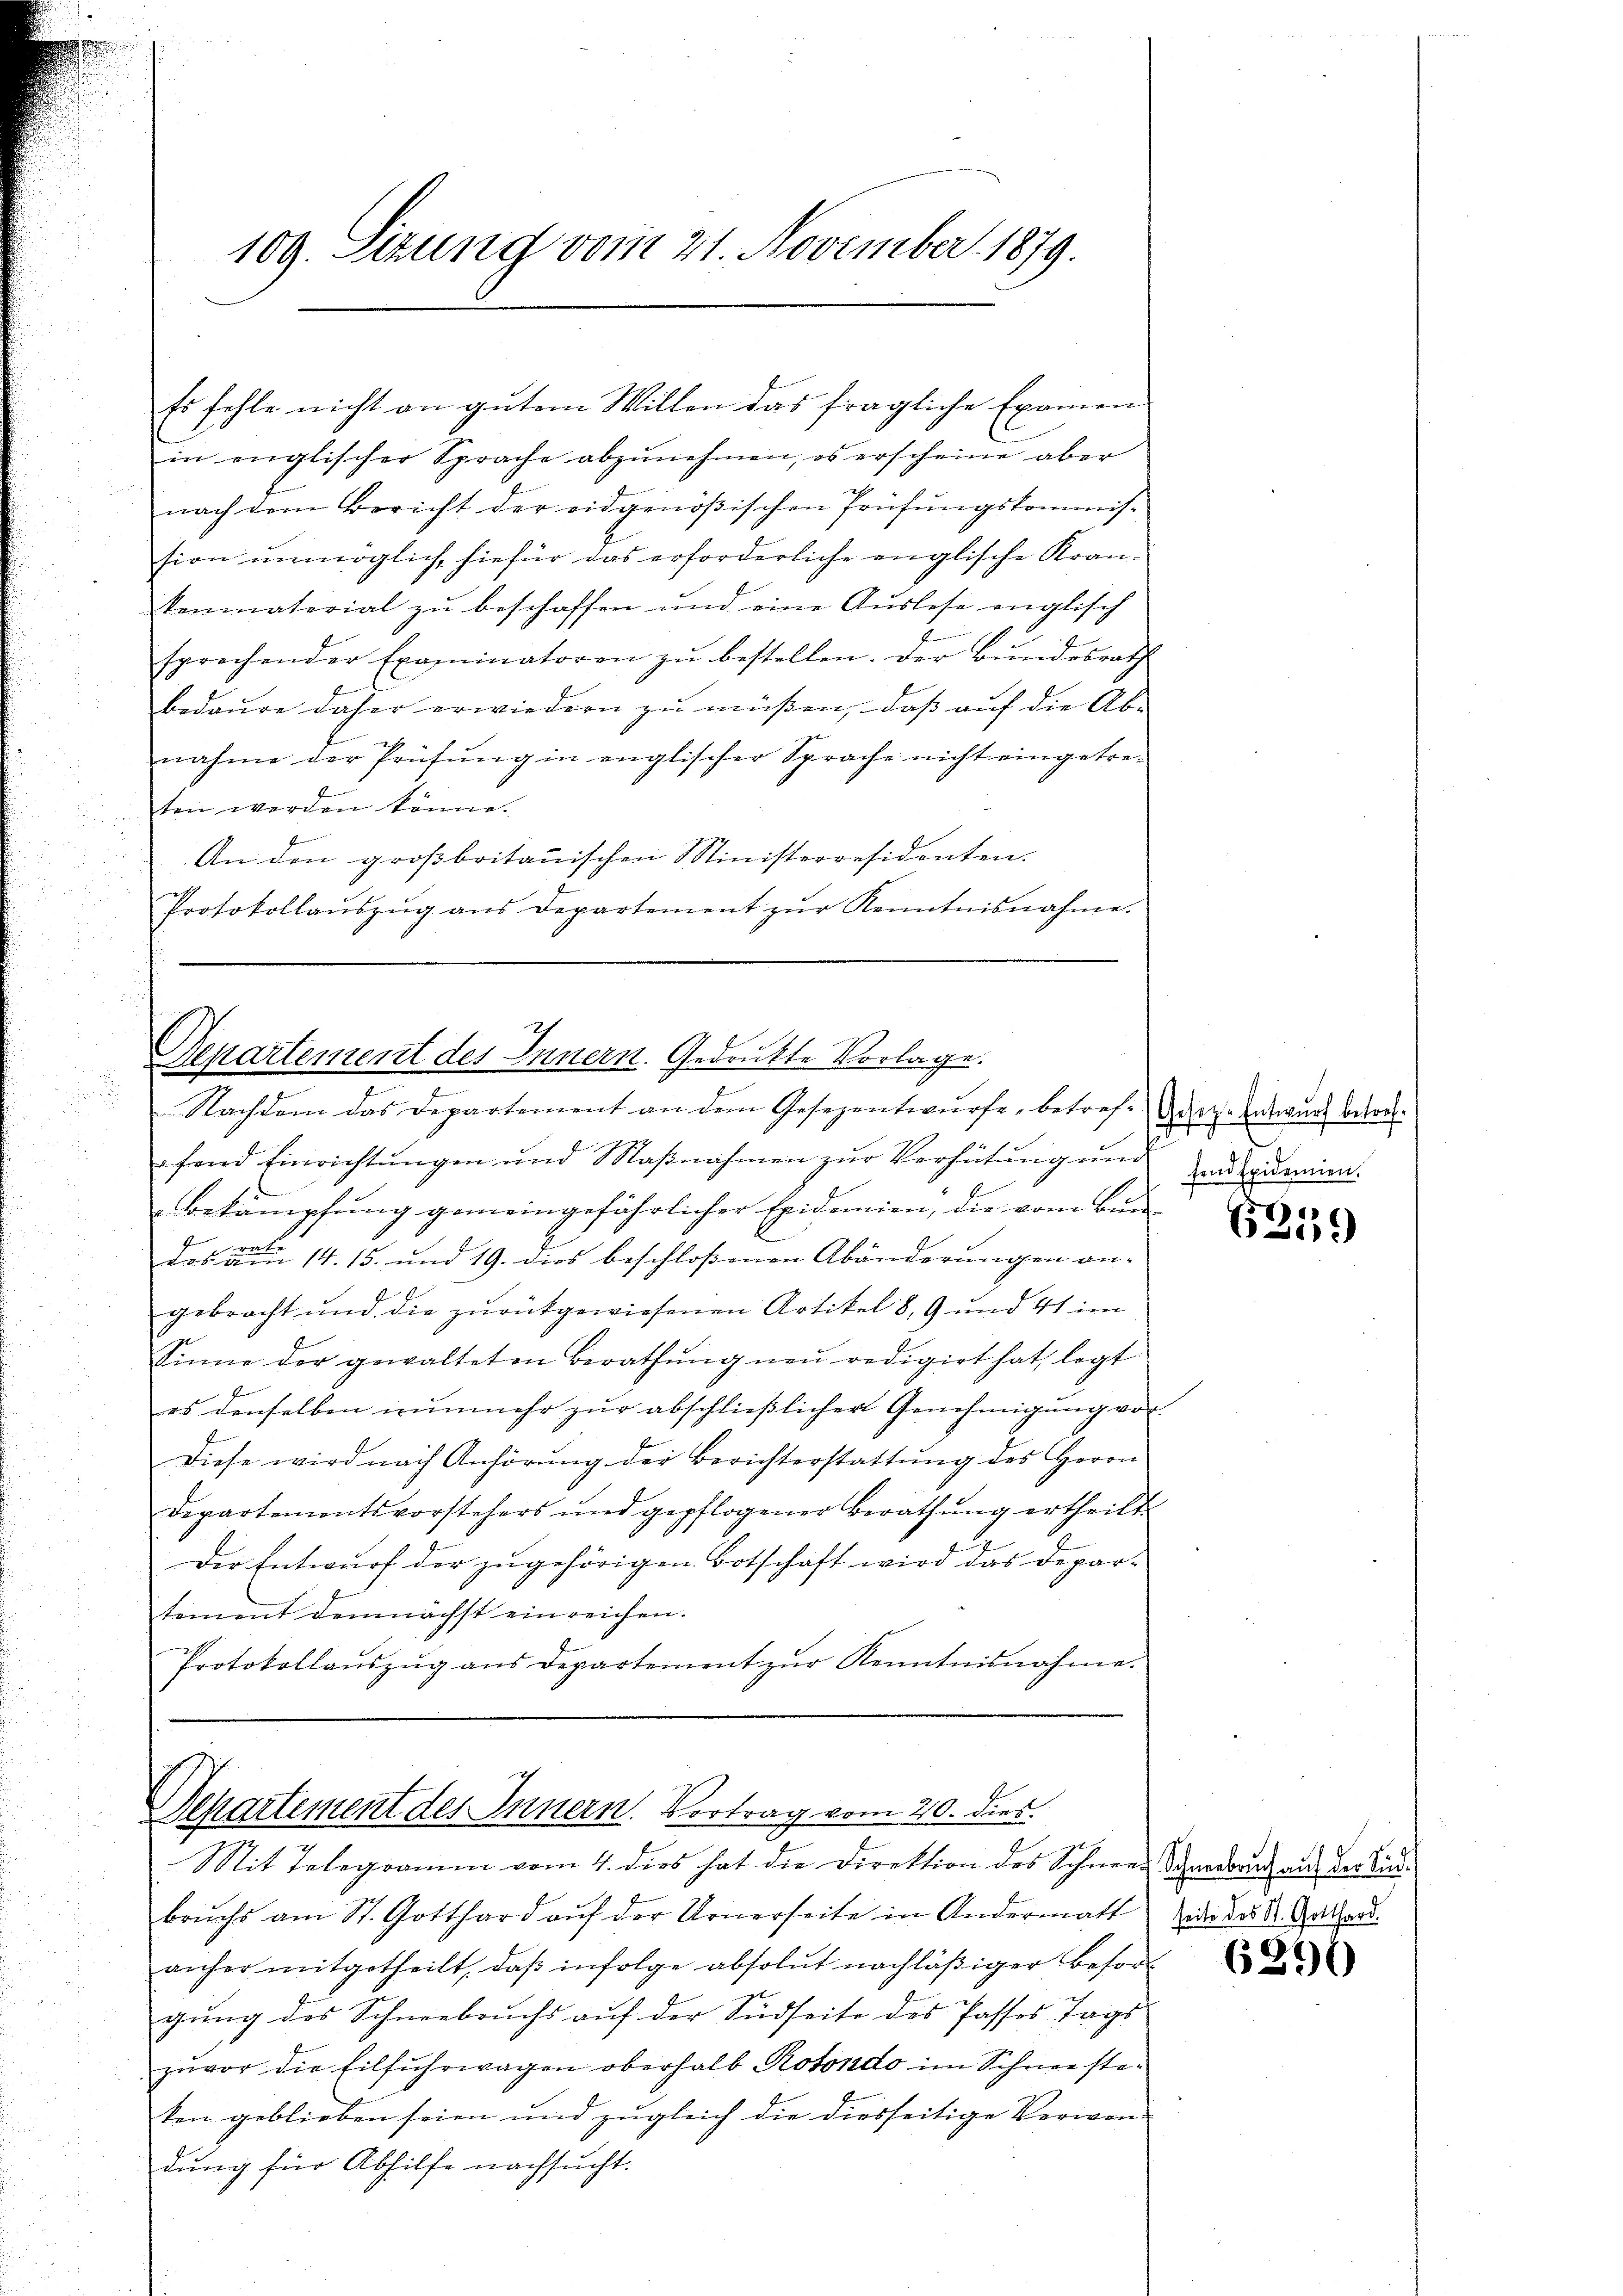
Es fehle nicht an gutem Willen das fragliche Examen
in englischer Sprache abzŭnehmen, es erscheine aber
A
nach dem Bericht der eidgenößischen Prüfungskommis-
sion unmöglich, hiefür das erforderliche englische Krantenmaterial zŭ beschaffen und eine Auslese englisch
sprechender Examinatoren zŭ bestellen. Der Bŭndesrath
bedaure daher erwiedern zŭ müßen, daβ aŭf die Ab-
nahme der Prüfung in englischer Sprache nicht eingetreten werden könne.
An den großbritanischen Ministerresidenten.
Protokollaŭszŭg ans Departement zŭr Kenntnisnahme.

109. Ettung vom 21. November 1879.

Departement des Innern. Gedruckte Vorlage.
Nachdem das Departement an dem Gesezentwŭrfe, betref der entwurf bere

fend Einrichtŭngen und Maβnahmen zŭr Verhütungŭng deponien
Bekämpfung gemeingefährlicher Evidemien, die vom Bun¬
472
das am 14. 15. und 19. dies beschlossenen Abänderungen an-
gebracht und die zurükgewiesenen Artikel 8, 9 und 41 im
Sinne der gewalteten Berathŭng neŭ redigirt hat, legt
es denselben nunmehr zur abschließlicher Genehmigung vor-
Diese wird nach Anhörŭng der Berichterstattŭng des Herrn
Departementsvorstehers und gepflogener Berathŭng ertheilt
Der Entwurf der zugehörigen Botschaft wird das Depar-
tement demnächst einreichen.
Protokollaŭszŭg ans Departement zŭr Kenntnisnahme.

ch
Departement des Innern. Vortrag vom 20. dies
Mit Telegramm vom 4. dies hat die Direktion des Schneer, Schenderuch auf der Bau¬

brŭchs am St. Gotthard aŭf der Urnerseite in Andermatt zu des St. Gotthard.
anher mitgetheilt, daβ infolge absolut nachläβiger Besorgung des Schneebruchs auf der Südseite des Passes Tags
zuvor die Eilfŭhrwagen oberhalb Rotondo im Schnee steken geblieben seien und zugleich die diesseitige Verwen-
dung für Abhilfe nachsucht.

57)
6
6

6291)